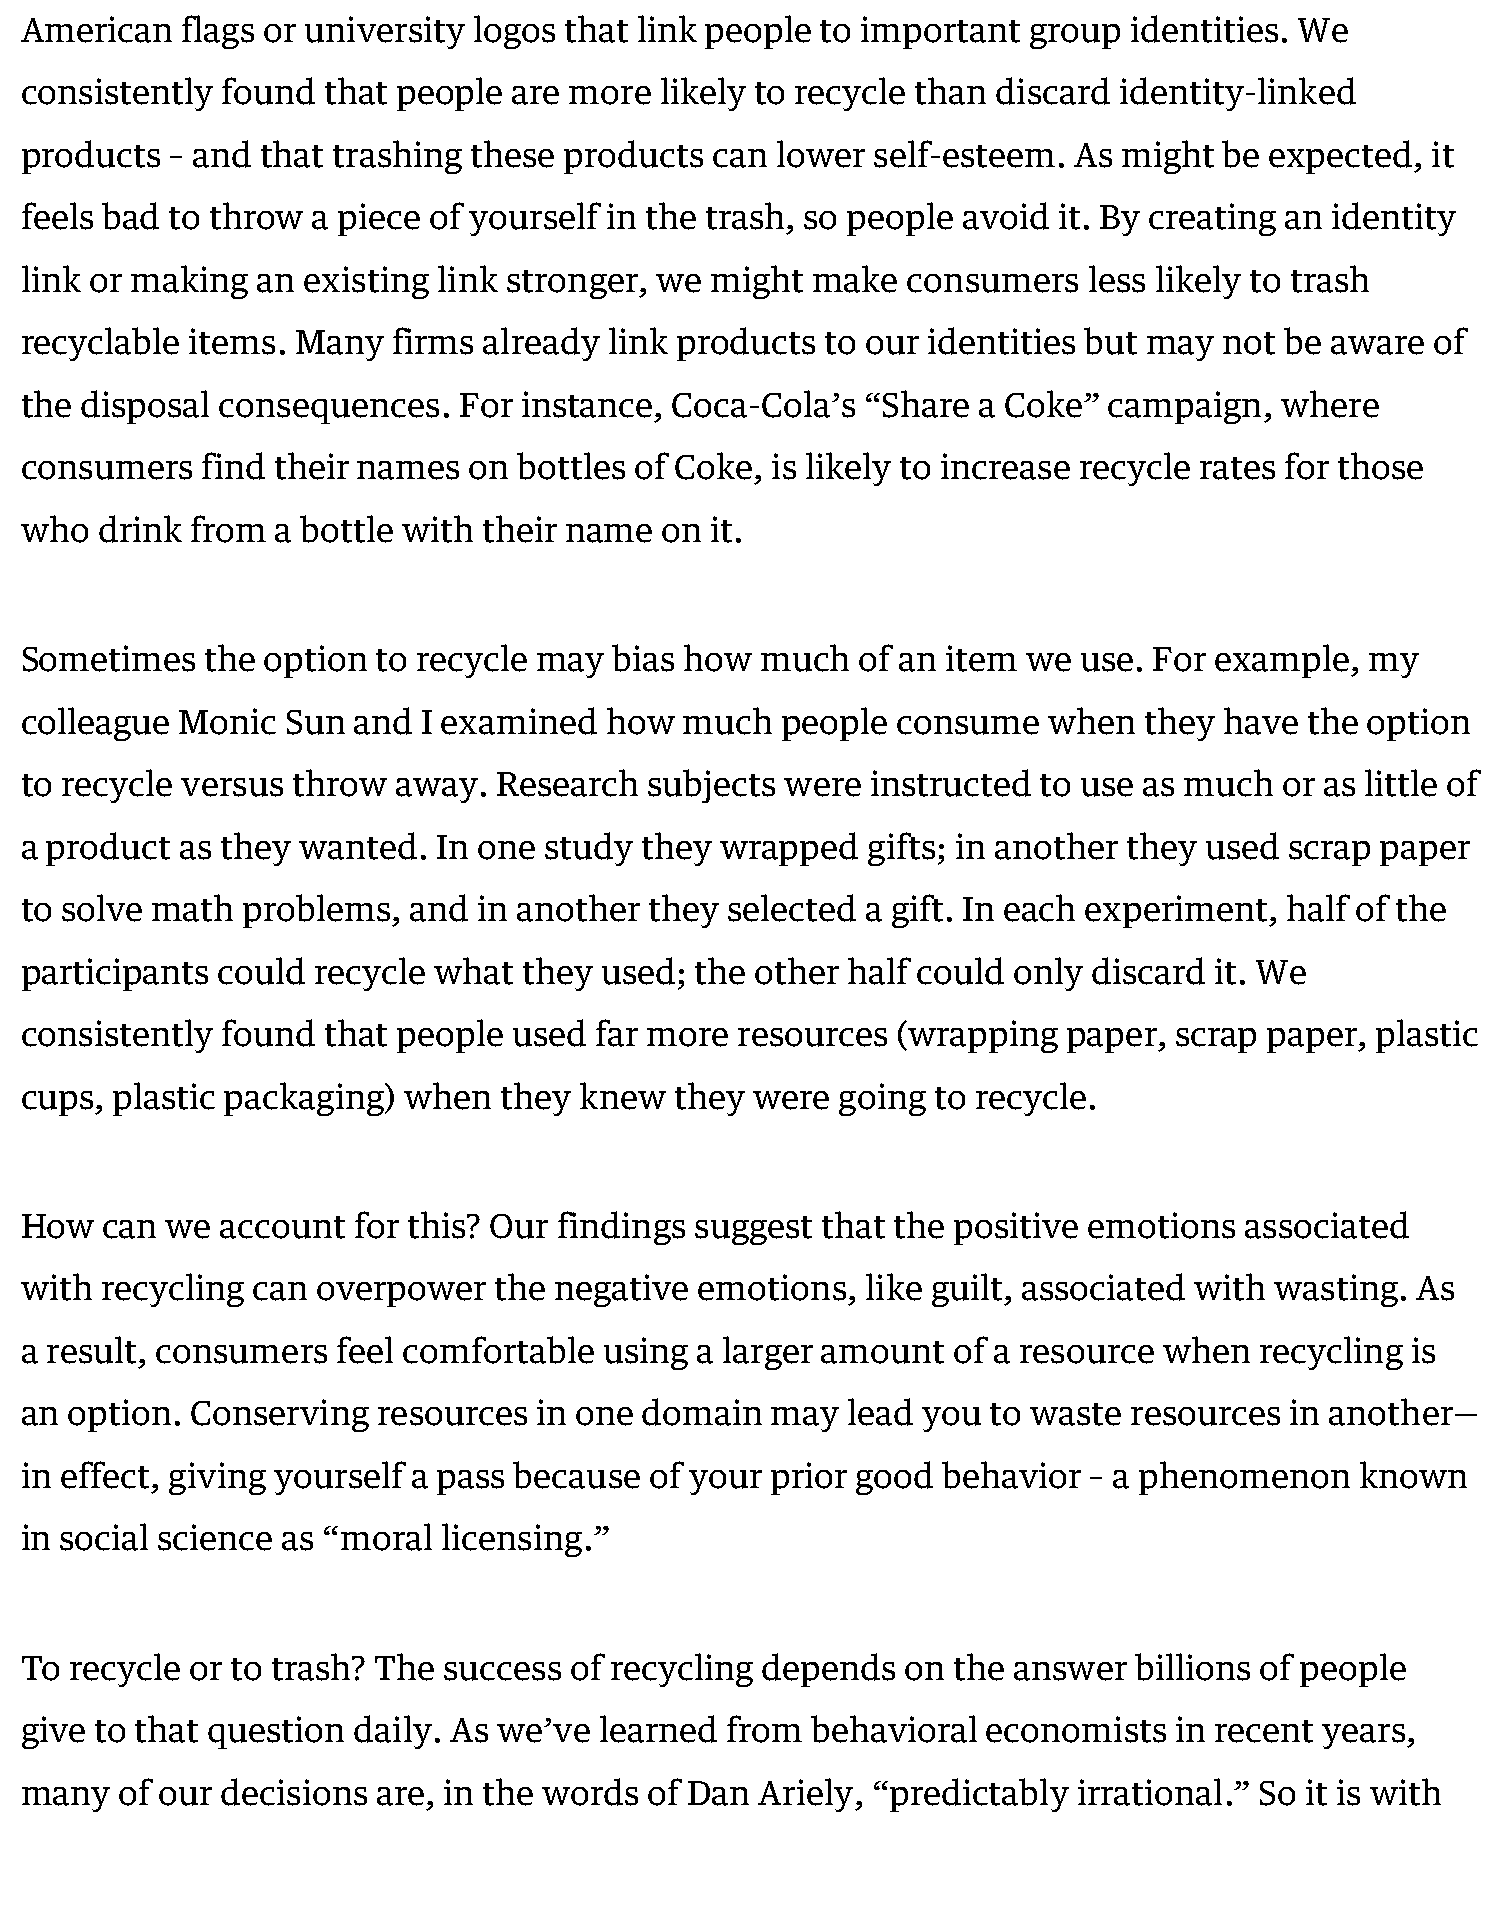
American   flags or university logos that link people to important group  identities. We
 consistently  found  that people are more  likely to recycle than discard identity-linked
 products  – and that trashing these products  can lower  self-esteem. As might  be expected,  it
 feels bad to throw  a piece of yourself in the trash, so people avoid it. By creating an identity
 link or making  an existing link stronger, we might  make  consumers   less likely to trash
 recyclable items.  Many  firms already link products  to our identities but may not be aware  of
 the disposal consequences.   For instance,  Coca-Cola’s “Share  a Coke” campaign,   where
 consumers   find their names  on bottles of Coke, is likely to increase recycle rates for those
 who  drink  from a bottle with their name  on it.
 Sometimes    the option to recycle may  bias how much   of an item we use. For example,   my
 colleague  Monic  Sun and  I examined  how  much   people consume   when   they have  the option
 to recycle versus throw  away.  Research  subjects were  instructed to use as much  or as little of
 a product  as they wanted.  In one study they  wrapped  gifts; in another they used scrap paper
 to solve math  problems,  and  in another they selected a gift. In each experiment, half of the
 participants could  recycle what  they used; the other half could only discard it. We
 consistently  found  that people used far more  resources (wrapping   paper, scrap paper, plastic
 cups, plastic packaging)  when  they knew   they were  going to recycle.
 How   can we  account for this? Our findings suggest that the positive emotions  associated
 with  recycling can overpower   the negative emotions,  like guilt, associated with wasting. As
 a result, consumers  feel comfortable  using a larger amount  of a resource when  recycling is
 an option.  Conserving  resources  in one domain  may  lead you  to waste resources in another—
 in effect, giving yourself a pass because of your prior good behavior  – a phenomenon    known
 in social science as “moral licensing.”
 To  recycle or to trash? The success of recycling depends  on the answer  billions of people
 give to that question daily. As we’ve  learned from  behavioral economists   in recent years,
 many   of our decisions are, in the words of Dan Ariely, “predictably irrational.” So it is with